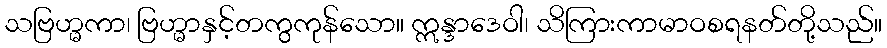
သဗြဟ္မကာ၊ ဗြဟ္မာနှင့်တကွကုန်သော။ ဣန္ဒာဒေဝါ၊ သိကြားကာမာဝစရနတ်တို့သည်။